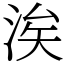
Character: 涘